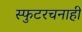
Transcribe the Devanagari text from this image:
स्फुटरचनाही